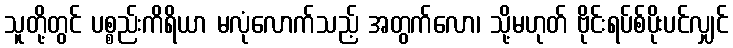
သူတို့တွင် ပစ္စည်းကိရိယာ မလုံလောက်သည့် အတွက်လော၊ သို့မဟုတ် ဗိုင်းရပ်စ်ပိုးပင်လျှင်